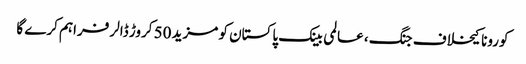
کورونا کیخلاف جنگ ، عالمی بینک پاکستان کو مزید 50 کروڑ ڈالر فراہم کرے گا